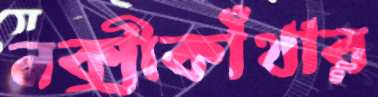
নক্সীকাঁথার